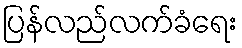
ပြန်လည်လက်ခံရေး